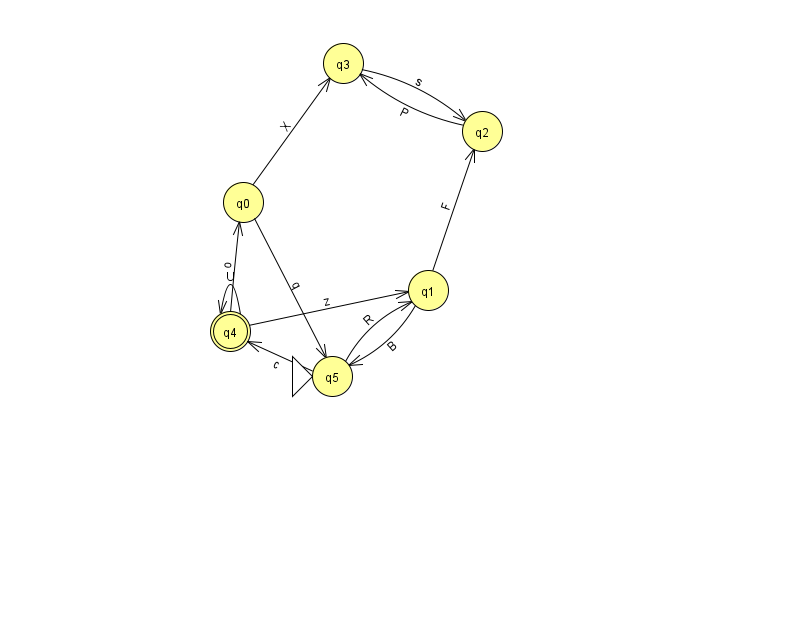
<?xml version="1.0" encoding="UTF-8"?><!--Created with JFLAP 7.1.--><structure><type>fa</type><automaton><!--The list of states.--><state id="0" name="q0"><x>243.0</x><y>189.0</y></state><state id="1" name="q1"><x>428.0</x><y>277.0</y></state><state id="2" name="q2"><x>482.0</x><y>118.0</y></state><state id="3" name="q3"><x>343.0</x><y>50.0</y></state><state id="4" name="q4"><x>230.0</x><y>318.0</y><final/></state><state id="5" name="q5"><x>332.0</x><y>363.0</y><initial/></state><!--The list of transitions.--><transition><from>5</from><to>4</to><read>c</read></transition><transition><from>1</from><to>2</to><read>F</read></transition><transition><from>1</from><to>5</to><read>B</read></transition><transition><from>5</from><to>1</to><read>R</read></transition><transition><from>2</from><to>3</to><read>P</read></transition><transition><from>4</from><to>4</to><read>U</read></transition><transition><from>0</from><to>5</to><read>q</read></transition><transition><from>3</from><to>2</to><read>s</read></transition><transition><from>0</from><to>3</to><read>X</read></transition><transition><from>4</from><to>0</to><read>o</read></transition><transition><from>4</from><to>1</to><read>z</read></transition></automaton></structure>